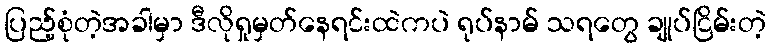
ပြည့်စုံတဲ့အခါမှာ ဒီလိုရှုမှတ်နေရင်းထဲကပဲ ရုပ်နာမ် သရတွေ ချုပ်ငြိမ်းတဲ့